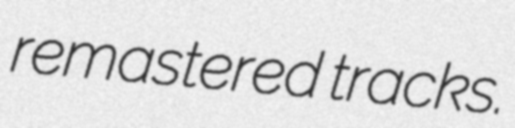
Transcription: remastered tracks.